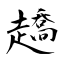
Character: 趫